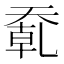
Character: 𰋮